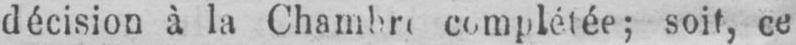
completée; soit, ce